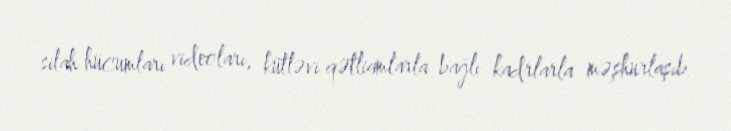
silah hücumları videoları, kütləvi qətliamlarla bağlı kadrlarla məşhurlaşıb.